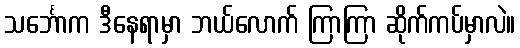
သင်္ဘောက ဒီနေရာမှာ ဘယ်လောက် ကြာကြာ ဆိုက်ကပ်မှာလဲ။